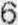
6